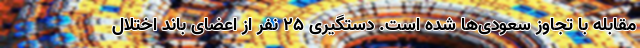
مقابله با تجاوز سعودی‌ها شده است. دستگیری ۲۵ نفر از اعضای باند اختلال